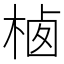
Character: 𰗲